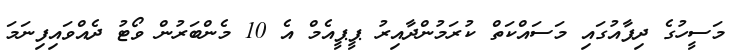
މަސީހުގެ ދިފާއުގައި މަސައްކަތް ކުރަމުންދާއިރު ޕީޕީއެމް އެ 10 މެންބަރުން ވޯޓު ދެއްވައިފިނަމަ